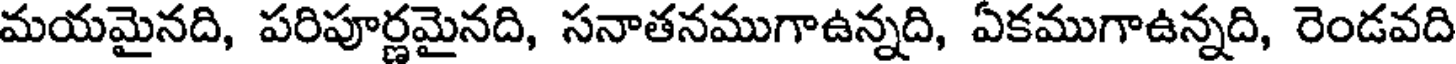
మయమైనది, పరిపూర్ణమైనది, సనాతనముగాఉన్నది, ఏకముగాఉన్నది, రెండవది